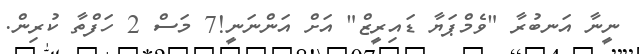
ނީނާ އަނބުރާ "ވެމްޕަޔާ ޑައިރީޒް" އަށް އަންނަނީ!7 މަސް 2 ހަފްތާ ކުރިން.